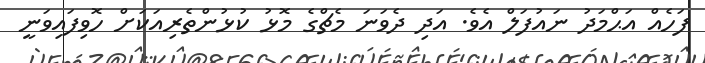
ފަހެއް އަޙްމަދު ނައުފަލް އެވެ. އަދި ދެވަނަ މެޗްގެ މޮޅު ކުޅުންތެރިއަކަށް ހޮވިފައިވަނީ